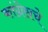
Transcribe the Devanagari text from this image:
कांग्रेसचे